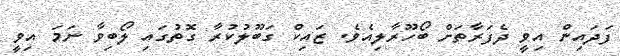
ފަދައިން އިވީ ދެފަރާތަށް ބޯހޫރާލިއެވެ. ޒައިކް ގަބޫލުކުރާ ގޮތުގައި ލޯބިވާ ނަމަ އިވީ